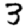
Digit: 3